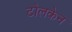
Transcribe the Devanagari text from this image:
टोलकेन